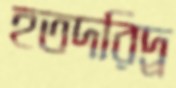
হতদরিদ্র্র